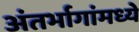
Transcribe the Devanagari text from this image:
अंतर्भागांमध्ये